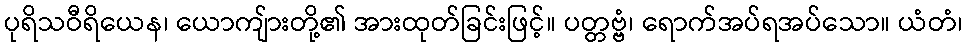
ပုရိသဝီရိယေန၊ ယောကျ်ားတို့၏ အားထုတ်ခြင်းဖြင့်။ ပတ္တဗ္ဗံ၊ ရောက်အပ်ရအပ်သော။ ယံတံ၊